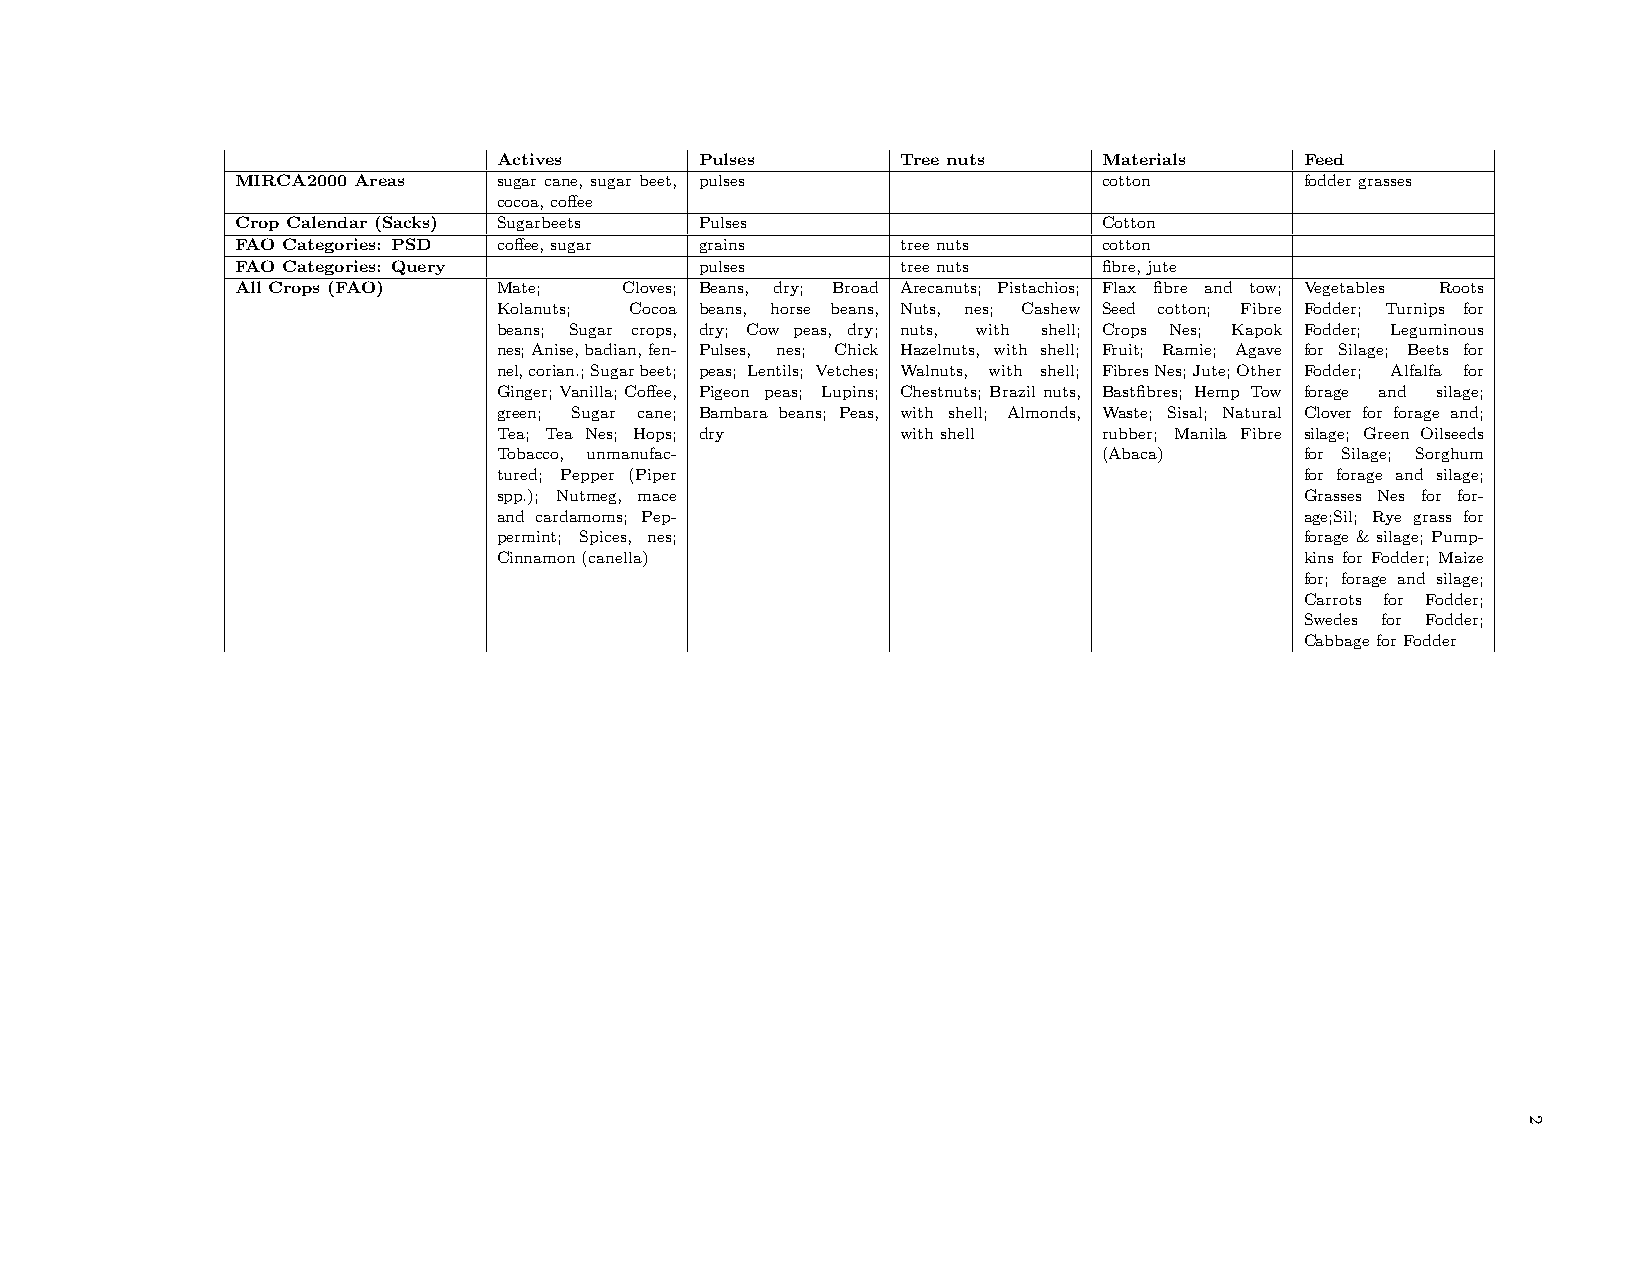
Actives      Pulses        Tree nuts    Materials    Feed
 MIRCA2000 Areas  sugar cane, sugar beet, pulses          cotton       foddergrasses
 cocoa,co↵ee
 Crop Calendar (Sacks) Sugarbeets Pulses                  Cotton
 FAO Categories: PSD co↵ee,sugar grains      treenuts     cotton
 FAO Categories: Query         pulses        treenuts     fibre,jute
 All Crops (FAO)  Mate;   Cloves; Beans, dry; Broad Arecanuts; Pistachios; Flax fibre and tow; Vegetables Roots
 Kolanuts; Cocoa beans, horse beans, Nuts, nes; Cashew Seed cotton; Fibre Fodder; Turnips for
 beans; Sugar crops, dry; Cow peas, dry; nuts, with shell; Crops Nes; Kapok Fodder; Leguminous
 nes;Anise,badian,fen- Pulses, nes; Chick Hazelnuts, with shell; Fruit; Ramie; Agave for Silage; Beets for
 nel,corian.;Sugarbeet; peas; Lentils; Vetches; Walnuts, with shell; FibresNes;Jute;Other Fodder; Alfalfa for
 Ginger;Vanilla;Co↵ee, Pigeon peas; Lupins; Chestnuts; Brazil nuts, Bastfibres; Hemp Tow forage and silage;
 green; Sugar cane; Bambara beans; Peas, with shell; Almonds, Waste; Sisal; Natural Clover for forage and;
 Tea; Tea Nes; Hops; dry    withshell    rubber; Manila Fibre silage; Green Oilseeds
 Tobacco, unmanufac-                     (Abaca)      for Silage; Sorghum
 tured; Pepper (Piper                                 for forage and silage;
 spp.); Nutmeg, mace                                  Grasses Nes for for-
 and cardamoms; Pep-                                  age;Sil; Rye grass for
 permint; Spices, nes;                                forage & silage; Pump-
 Cinnamon(canella)                                    kins for Fodder; Maize
 for; forage and silage;
 Carrots for Fodder;
 Swedes for Fodder;
 CabbageforFodder
 2